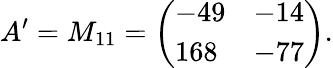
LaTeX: A^{\prime}=M_{11}={\left(\begin{array}{ll}{-49}&{-14}\\ {168}&{-77}\end{array}\right)}.